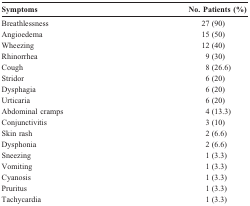
<table><thead><tr><td><b>Symptoms</b></td><td><b>No. Patients (%)</b></td></tr></thead><tbody><tr><td>Breathlessness</td><td>27 (90)</td></tr><tr><td>Angioedema</td><td>15 (50)</td></tr><tr><td>Wheezing</td><td>12 (40)</td></tr><tr><td>Rhinorrhea</td><td>9 (30)</td></tr><tr><td>Cough</td><td>8 (26.6)</td></tr><tr><td>Stridor</td><td>6 (20)</td></tr><tr><td>Dysphagia</td><td>6 (20)</td></tr><tr><td>Urticaria</td><td>6 (20)</td></tr><tr><td>Abdominal cramps</td><td>4 (13.3)</td></tr><tr><td>Conjunctivitis</td><td>3 (10)</td></tr><tr><td>Skin rash</td><td>2 (6.6)</td></tr><tr><td>Dysphonia</td><td>2 (6.6)</td></tr><tr><td>Sneezing</td><td>1 (3.3)</td></tr><tr><td>Vomiting</td><td>1 (3.3)</td></tr><tr><td>Cyanosis</td><td>1 (3.3)</td></tr><tr><td>Pruritus</td><td>1 (3.3)</td></tr><tr><td>Tachycardia</td><td>1 (3.3)</td></tr></tbody></table>